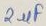
Text: 2µF